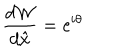
{ \frac { d { \cal W } } { d \hat { x } } } = \mathrm { e } ^ { i \theta }